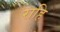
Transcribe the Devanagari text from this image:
राहि